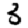
Digit: 3